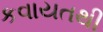
કવાયતથી